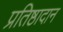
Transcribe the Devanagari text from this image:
प्रतिष्ठादान